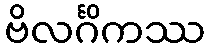
ဗိလင်္ဂိကဿ